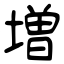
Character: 増